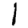
Digit: 1